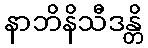
နာဘိနိသီဒန္တိ